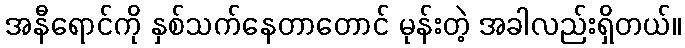
အနီရောင်ကို နှစ်သက်နေတာတောင် မုန်းတဲ့ အခါလည်းရှိတယ်။